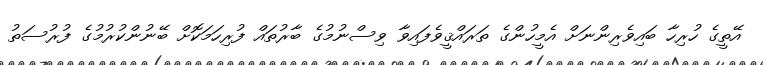
އޭތީގެ ހުރިހާ ބައިވެރިންނަށް އެމީހުންގެ ތަރައްޤީވެފައިވާ ވިސްނުމުގެ ބާރުތައް ފުރިހަމަކޮށް ބޭނުންކުރުމުގެ ފުރުސަތު